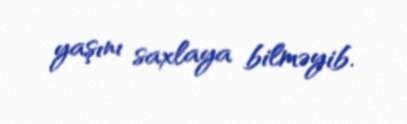
yaşını saxlaya bilməyib.